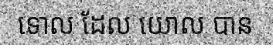
ទោល ដែល យោល បាន